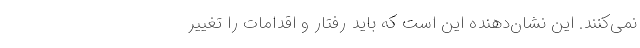
نمی‌کنند. این نشان‌دهنده این است که باید رفتار و اقدامات را تغییر